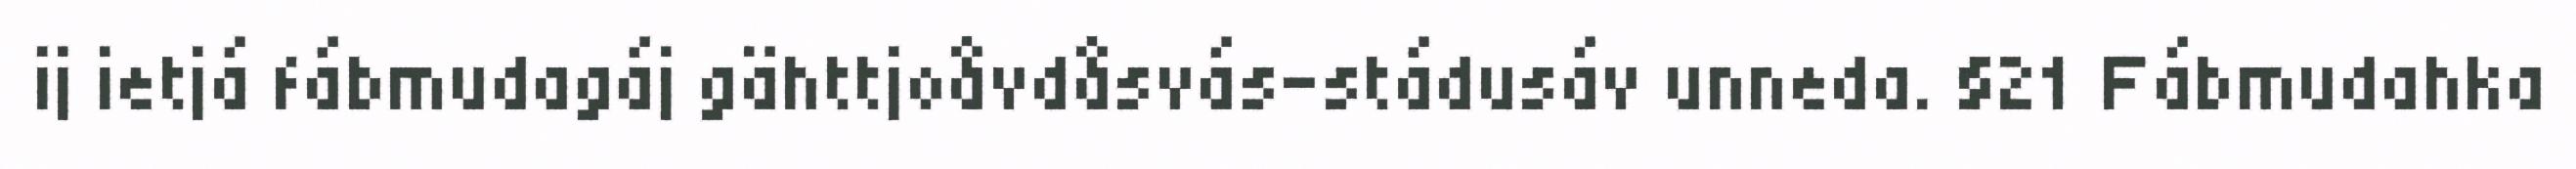
ij ietjá fábmudagáj gähttjoåvdåsvás-stádusáv unneda. §21 Fábmudahka